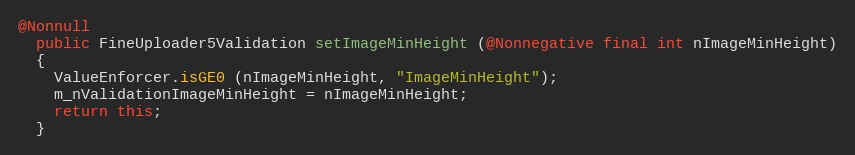
Language: Java
@Nonnull
  public FineUploader5Validation setImageMinHeight (@Nonnegative final int nImageMinHeight)
  {
    ValueEnforcer.isGE0 (nImageMinHeight, "ImageMinHeight");
    m_nValidationImageMinHeight = nImageMinHeight;
    return this;
  }